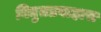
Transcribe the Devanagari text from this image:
विद्युतप्रवाहास